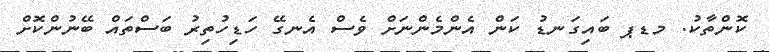
ކޮންތާކު. މޑޕ ބައިގަނޑު ކަން އެންމެންނަށް ވެސް އެނގޭ ހަޑިހުތިރު ބަސްތައް ބޭނުންކޮށް